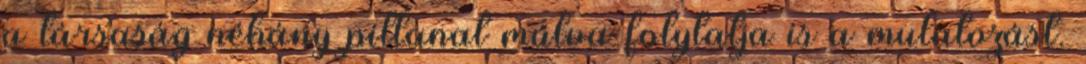
a társaság néhány pillanat múlva folytatja is a mulatozást.